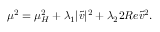
\mu ^ { 2 } = \mu _ { H } ^ { 2 } + \lambda _ { 1 } | \tilde { v } | ^ { 2 } + \lambda _ { 2 } 2 R e \tilde { v } ^ { 2 } .